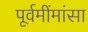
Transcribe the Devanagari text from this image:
पूर्वमींमांसा